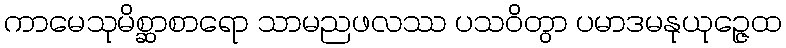
ကာမေသုမိစ္ဆာစာရော သာမညဖလဿ ပသဝိတွာ ပမာဒမနုယုဉ္ဇေထ